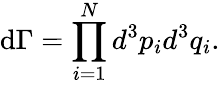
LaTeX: \mathrm{d}\Gamma=\displaystyle\prod_{i=1}^{N}d^{3}p_{i}d^{3}q_{i}.